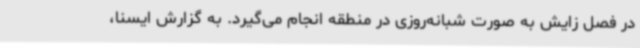
در فصل زایش به صورت شبانه‌روزی در منطقه انجام می‌گیرد. به گزارش ایسنا،